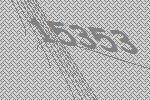
15353